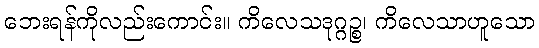
ဘေးရန်ကိုလည်းကောင်း။ ကိလေသဒုဂ္ဂဉ္စ၊ ကိလေသာဟူသော